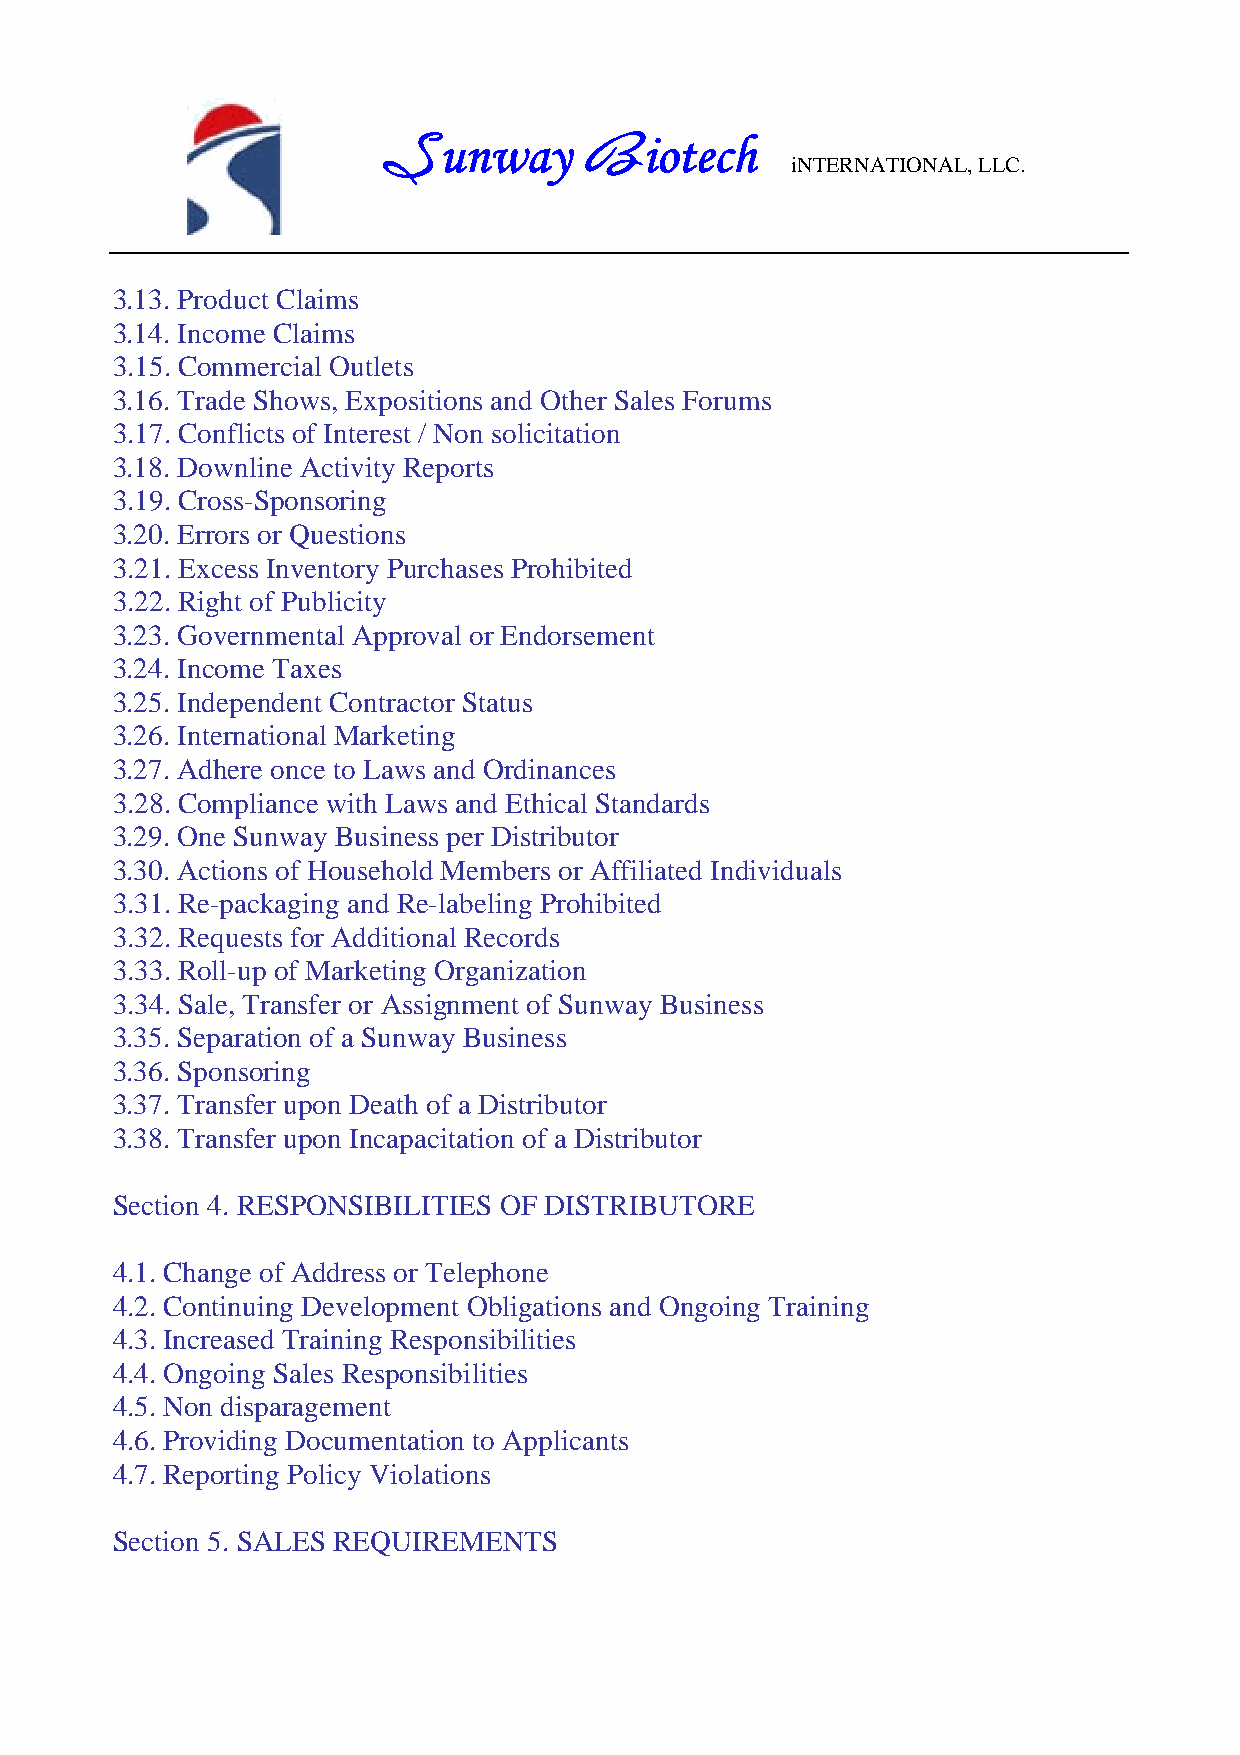
unway         iotech
 S             B            iNTERNATIONAL, LLC.
 3.13. Product Claims
 3.14. Income Claims
 3.15. Commercial Outlets
 3.16. Trade Shows, Expositions and Other Sales Forums
 3.17. Conflicts of Interest / Non solicitation
 3.18. Downline Activity Reports
 3.19. Cross-Sponsoring
 3.20. Errors or Questions
 3.21. Excess Inventory Purchases Prohibited
 3.22. Right of Publicity
 3.23. Governmental Approval or Endorsement
 3.24. Income Taxes
 3.25. Independent Contractor Status
 3.26. International Marketing
 3.27. Adhere once to Laws and Ordinances
 3.28. Compliance with Laws and Ethical Standards
 3.29. One Sunway Business per Distributor
 3.30. Actions of Household Members or Affiliated Individuals
 3.31. Re-packaging and Re-labeling Prohibited
 3.32. Requests for Additional Records
 3.33. Roll-up of Marketing Organization
 3.34. Sale, Transfer or Assignment of Sunway Business
 3.35. Separation of a Sunway Business
 3.36. Sponsoring
 3.37. Transfer upon Death of a Distributor
 3.38. Transfer upon Incapacitation of a Distributor
 Section 4. RESPONSIBILITIES OF DISTRIBUTORE
 4.1. Change of Address or Telephone
 4.2. Continuing Development Obligations and Ongoing Training
 4.3. Increased Training Responsibilities
 4.4. Ongoing Sales Responsibilities
 4.5. Non disparagement
 4.6. Providing Documentation to Applicants
 4.7. Reporting Policy Violations
 Section 5. SALES REQUIREMENTS